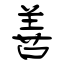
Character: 善